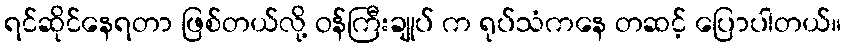
ရင်ဆိုင်နေရတာ ဖြစ်တယ်လို့ ဝန်ကြီးချုပ် က ရုပ်သံကနေ တဆင့် ပြောပါတယ်။